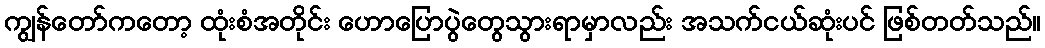
ကျွန်တော်ကတော့ ထုံးစံအတိုင်း ဟောပြောပွဲတွေသွားရာမှာလည်း အသက်ငယ်ဆုံးပင် ဖြစ်တတ်သည်။